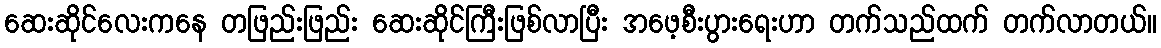
ဆေးဆိုင်လေးကနေ တဖြည်းဖြည်း ဆေးဆိုင်ကြီးဖြစ်လာပြီး အဖေ့စီးပွားရေးဟာ တက်သည်ထက် တက်လာတယ်။